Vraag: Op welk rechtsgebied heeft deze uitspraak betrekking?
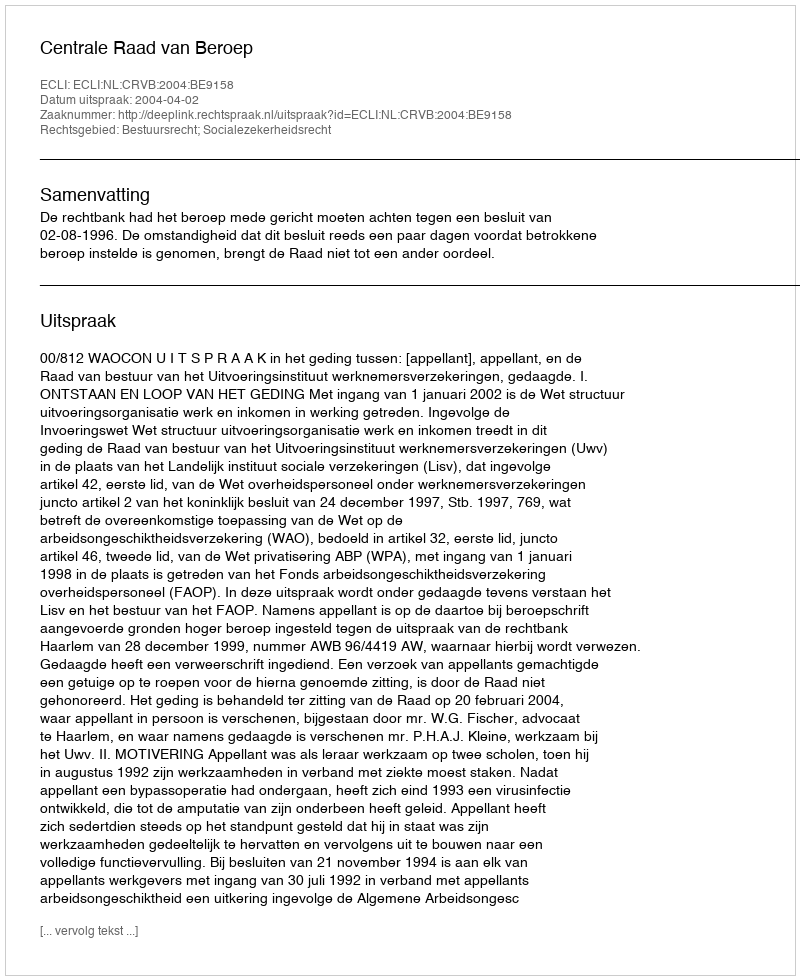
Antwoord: Bestuursrecht; Socialezekerheidsrecht